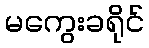
မကွေးခရိုင်